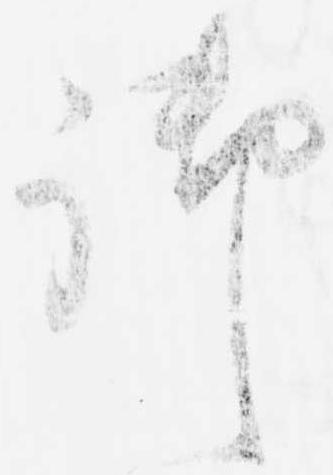
御